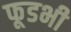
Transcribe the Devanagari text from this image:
फूडभी